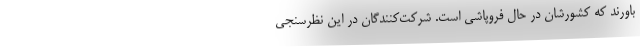
باورند که کشورشان در حال فروپاشی است. شرکت‌کنندگان در این نظرسنجی